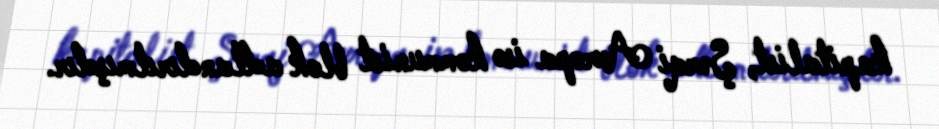
kapitalist, Şərqi Avropa isə kommunist blok adlandırılmışdır.